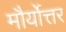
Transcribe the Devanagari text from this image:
मौर्योत्तर